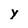
Character: y